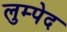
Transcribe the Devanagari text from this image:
लुम्पेद